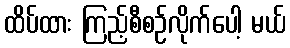
ထိပ်ထား ကြည့်စီစဉ်လိုက်ပေါ့ မယ်